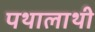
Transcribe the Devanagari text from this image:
पथालाथी